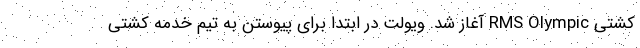
کشتی RMS Olympic آغاز شد. ویولت در ابتدا برای پیوستن به تیم خدمه کشتی